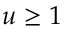
u \geq 1